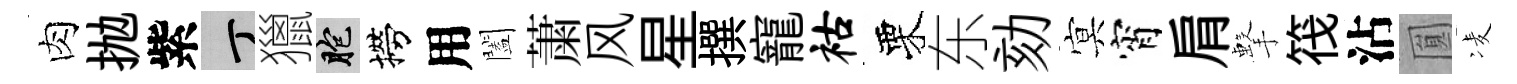
肉抛紫丁獵胞撈用闔䔥风星撰寵祜栗东劾㝠宵肩擊筏沾圎凌